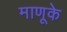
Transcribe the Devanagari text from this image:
माणूके